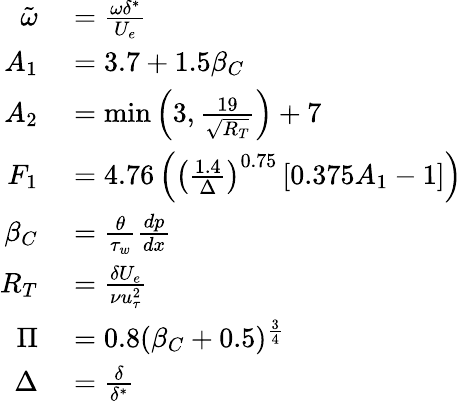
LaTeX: \begin{array}{rl}{\tilde{\omega}}&{{}=\frac{\omega\delta^{*}}{U_{e}}}\\ {A_{1}}&{{}=3.7+1.5\beta_{C}}\\ {A_{2}}&{{}=\operatorname*{min}\left(3,\frac{19}{\sqrt{R_{T}}}\right)+7}\\ {F_{1}}&{{}=4.76\left(\left(\frac{1.4}{\Delta}\right)^{0.75}\left[0.375A_{1}-1\right]\right)}\\ {\beta_{C}}&{{}=\frac{\theta}{\tau_{w}}\frac{dp}{dx}}\\ {R_{T}}&{{}=\frac{\delta U_{e}}{\nu u_{\tau}^{2}}}\\ {\Pi}&{{}=0.8(\beta_{C}+0.5)^{\frac{3}{4}}}\\ {\Delta}&{{}=\frac{\delta}{\delta^{*}}}\end{array}